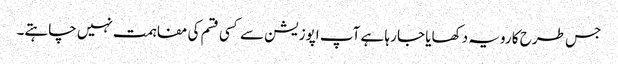
جس طرح کا رویہ دکھایا جا رہا ہے آپ اپوزیشن سے کسی قسم کی مفاہمت نہیں چاہتے۔